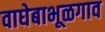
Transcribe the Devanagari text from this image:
वाघेबाभूळगाव